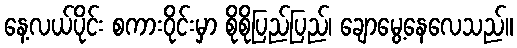
နေ့လယ်ပိုင်း စကားဝိုင်းမှာ စိုစိုပြည်ပြည်၊ ချောမွေ့နေလေသည်။